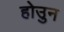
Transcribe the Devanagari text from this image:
होउुन